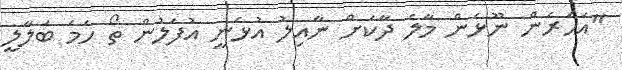
"އަހަރެން ނޫޅެން މާލެ ދާކަށް ނާއިލު އުޅެނީ އުފަލުން ތޯ ހަމަ ބަލާލީ